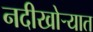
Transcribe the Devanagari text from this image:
नदीखोर्‍यात